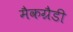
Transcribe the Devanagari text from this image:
मैकग्रैडी